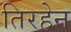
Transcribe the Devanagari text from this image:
तिरहेन